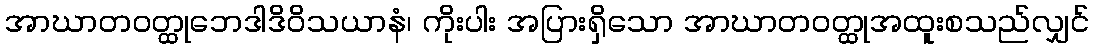
အာဃာတဝတ္ထုဘေဒါဒိဝိသယာနံ၊ ကိုးပါး အပြားရှိသော အာဃာတဝတ္ထုအထူးစသည်လျှင်